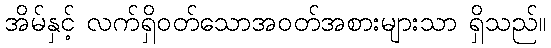
အိမ်နှင့် လက်ရှိဝတ်သောအဝတ်အစားများသာ ရှိသည်။